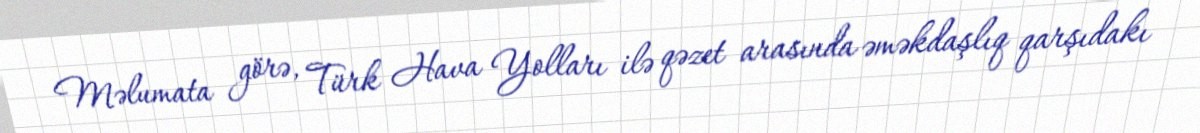
Məlumata görə, Türk Hava Yolları ilə qəzet arasında əməkdaşlıq qarşıdakı